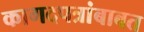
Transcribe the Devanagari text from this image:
कागदपत्रांबाबत